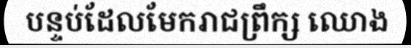
បន្ទប់ដែលមែករាជព្រឹក្ស ឈោង